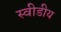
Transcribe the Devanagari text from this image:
स्वीडीय